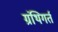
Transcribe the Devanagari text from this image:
ग्रंथिगर्त